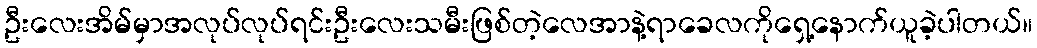
ဦးလေးအိမ်မှာအလုပ်လုပ်ရင်းဦးလေးသမီးဖြစ်တဲ့လေအာနဲ့ရာခေလကိုရှေ့နောက်ယူခဲ့ပါတယ်။